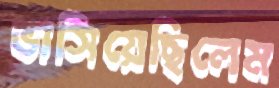
ভাসিয়েছিলেম